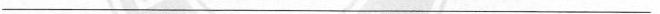
___